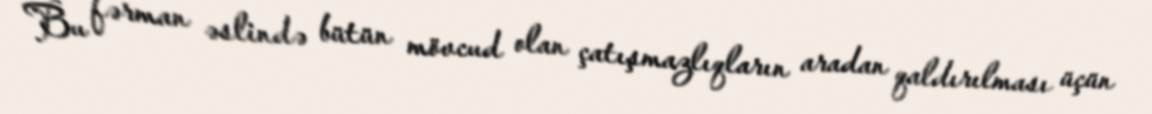
Bu fərman əslində bütün mövcud olan çatışmazlıqların aradan qaldırılması üçün